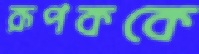
রূপককে